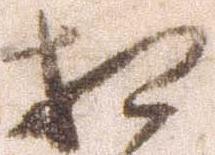
相